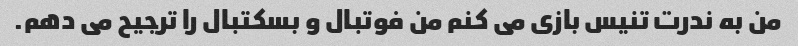
من به ندرت تنیس بازی می کنم من فوتبال و بسکتبال را ترجیح می دهم.